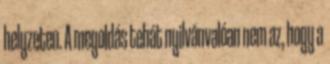
helyzeten. A megoldás tehát nyilvánvalóan nem az, hogy a